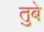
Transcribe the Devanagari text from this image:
तुबे